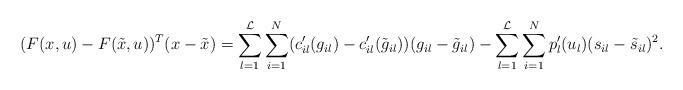
LaTeX: \begin{align*} (F(x,u)-F(\tilde x,u))^T(x-\tilde x) & = \sum_{l=1}^{\mathcal{L}} \sum_{i=1}^N(c_{il}'(g_{il})-c_{il}'(\tilde g_{il}))(g_{il} - \tilde g_{il}) - \sum_{l=1}^{\mathcal{L}} \sum_{i=1}^N p_{l}'(u_l) (s_{il} - \tilde s_{il})^2.\end{align*}